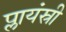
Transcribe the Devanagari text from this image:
प्लायंस्री